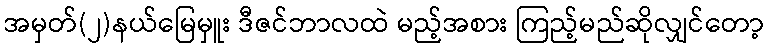
အမှတ်(၂)နယ်မြေမှူး ဒီဇင်ဘာလထဲ မည့်အစား ကြည့်မည်ဆိုလျှင်တော့